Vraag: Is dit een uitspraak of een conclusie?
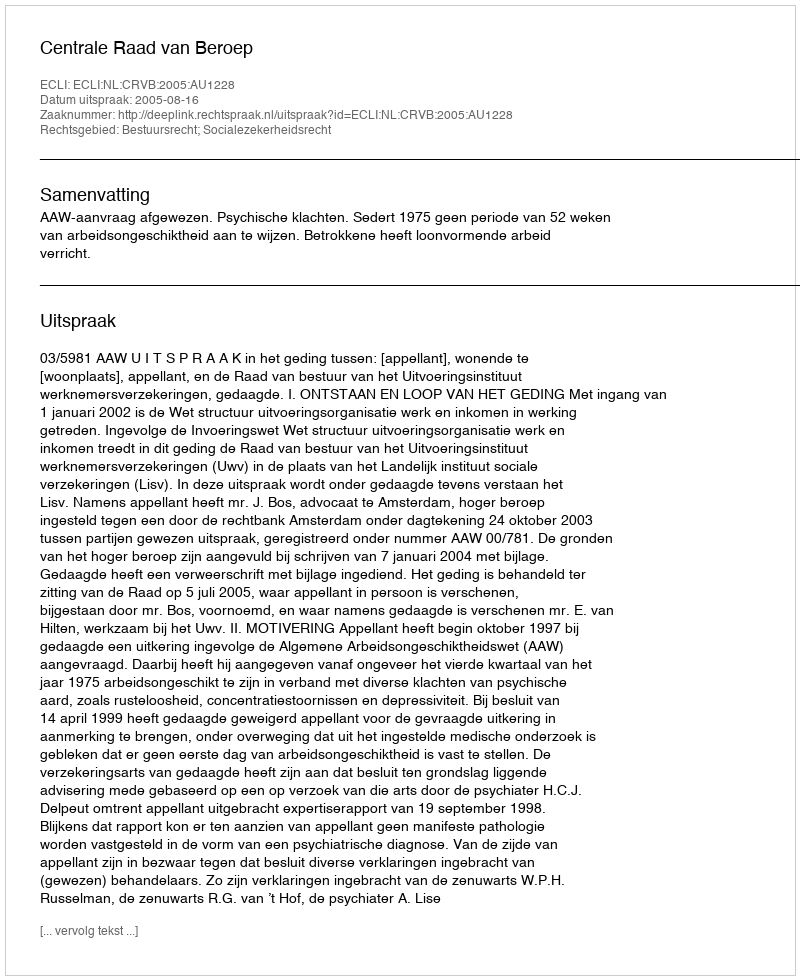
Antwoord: Uitspraak